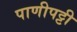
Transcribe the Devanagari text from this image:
पाणीपट्टी